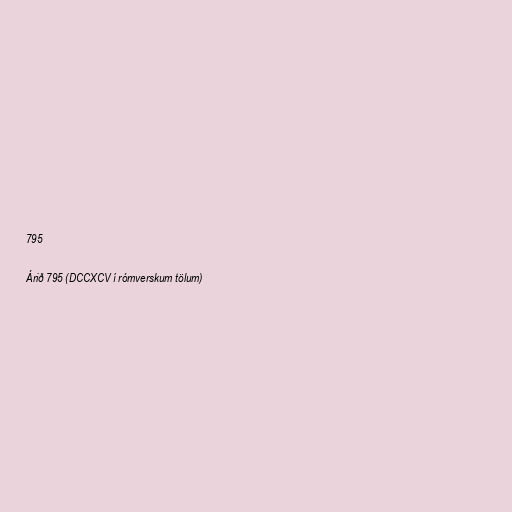
795

Árið 795 (DCCXCV í rómverskum tölum)